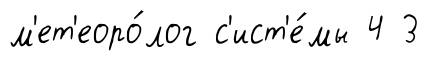
м'ет'еоро́лог с'ист'е́мы 4 3